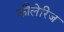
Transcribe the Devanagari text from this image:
कौलेरिज